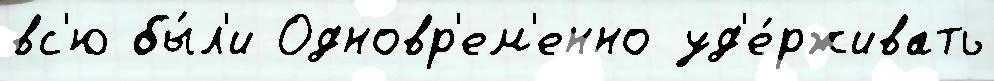
вс'ю бы́л'и Одновр'ем'енно уд'е́рживать